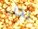
يجب